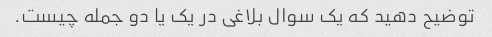
توضیح دهید که یک سوال بلاغی در یک یا دو جمله چیست.